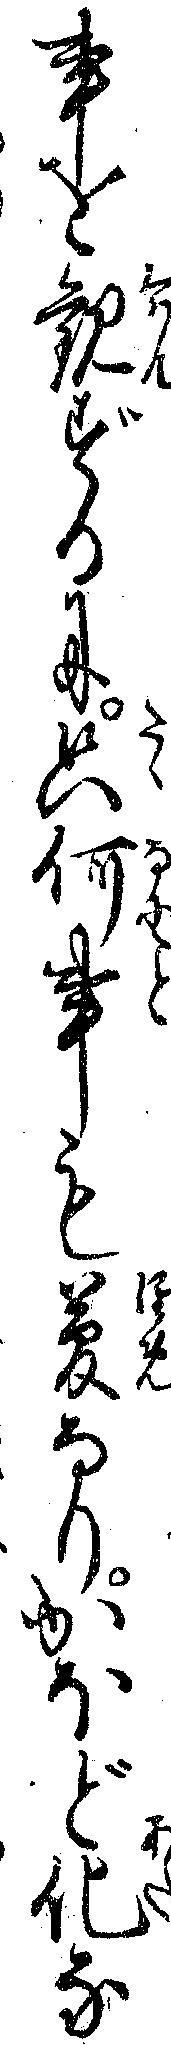
事を観ずるに只何事も夢なりかほど化な